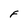
Character: F